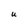
Character: U